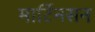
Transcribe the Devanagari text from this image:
मार्टिनसन